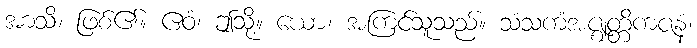
အာသိ၊ ဖြစ်၏။ ဧဝံ၊ ဤသို့။ ယော၊ အကြင်သူသည်။ သံသကံအဇ္ဈတ္တိကဇနံ၊